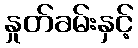
နှုတ်ခမ်းနှင့်